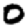
Digit: 0